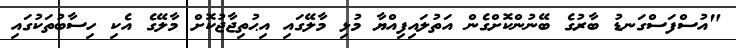
"އުސްފަސްގަނޑު ބާރުގެ ބޭނުންކޮށްގެން އަތުލައިފިއްޔާ މުޅި މާލޭގައި އިޙުތިޖާޖުކޮށް މާލޭގެ އެކި ހިސާބުތަކުގައި